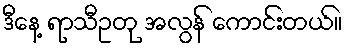
ဒီနေ့ ရာသီဥတု အလွန် ကောင်းတယ်။